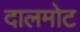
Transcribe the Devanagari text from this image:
दालमोट